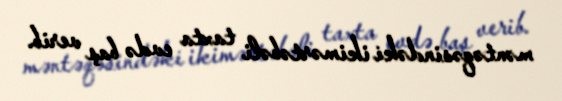
məntəqəsindəki ikimərtəbəli taxta evdə baş verib.